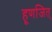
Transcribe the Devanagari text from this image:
हूणजित्‌